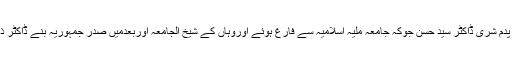
وہی انسان اسکول جسے امریکہ سے اعلیٰ تعلیم سند یافتہ پدم شری ڈاکٹر سید حسن جوکہ جامعہ ملیہ اسلامیہ سے فارغ ہوئے اوروہاں کے شیخ الجامعہ اوربعدمیں صدر جمہوریہ بنے ڈاکٹر ذاکر حسین کے تربیت یافتہ شادگرد رہے، نے قائم کیاتھا۔